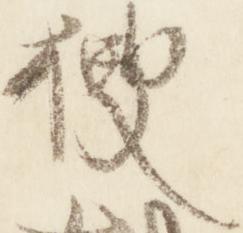
捜